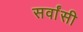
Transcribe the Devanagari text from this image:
सर्वांसी